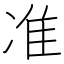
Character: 准